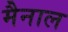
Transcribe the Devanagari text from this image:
मैनाल